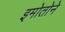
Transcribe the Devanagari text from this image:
इमोतोने